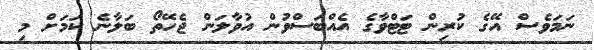
ނަމަވެސް އޭގެ ކުރިން ޓަޓްވާގެ އެއްބަސްވުން އުވާލަން ޖެހޭތޯ ބަލާނެ ކަމަށް މި